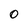
Character: 0